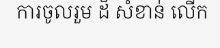
ការចូលរួម ដ៏ សំខាន់ លើក